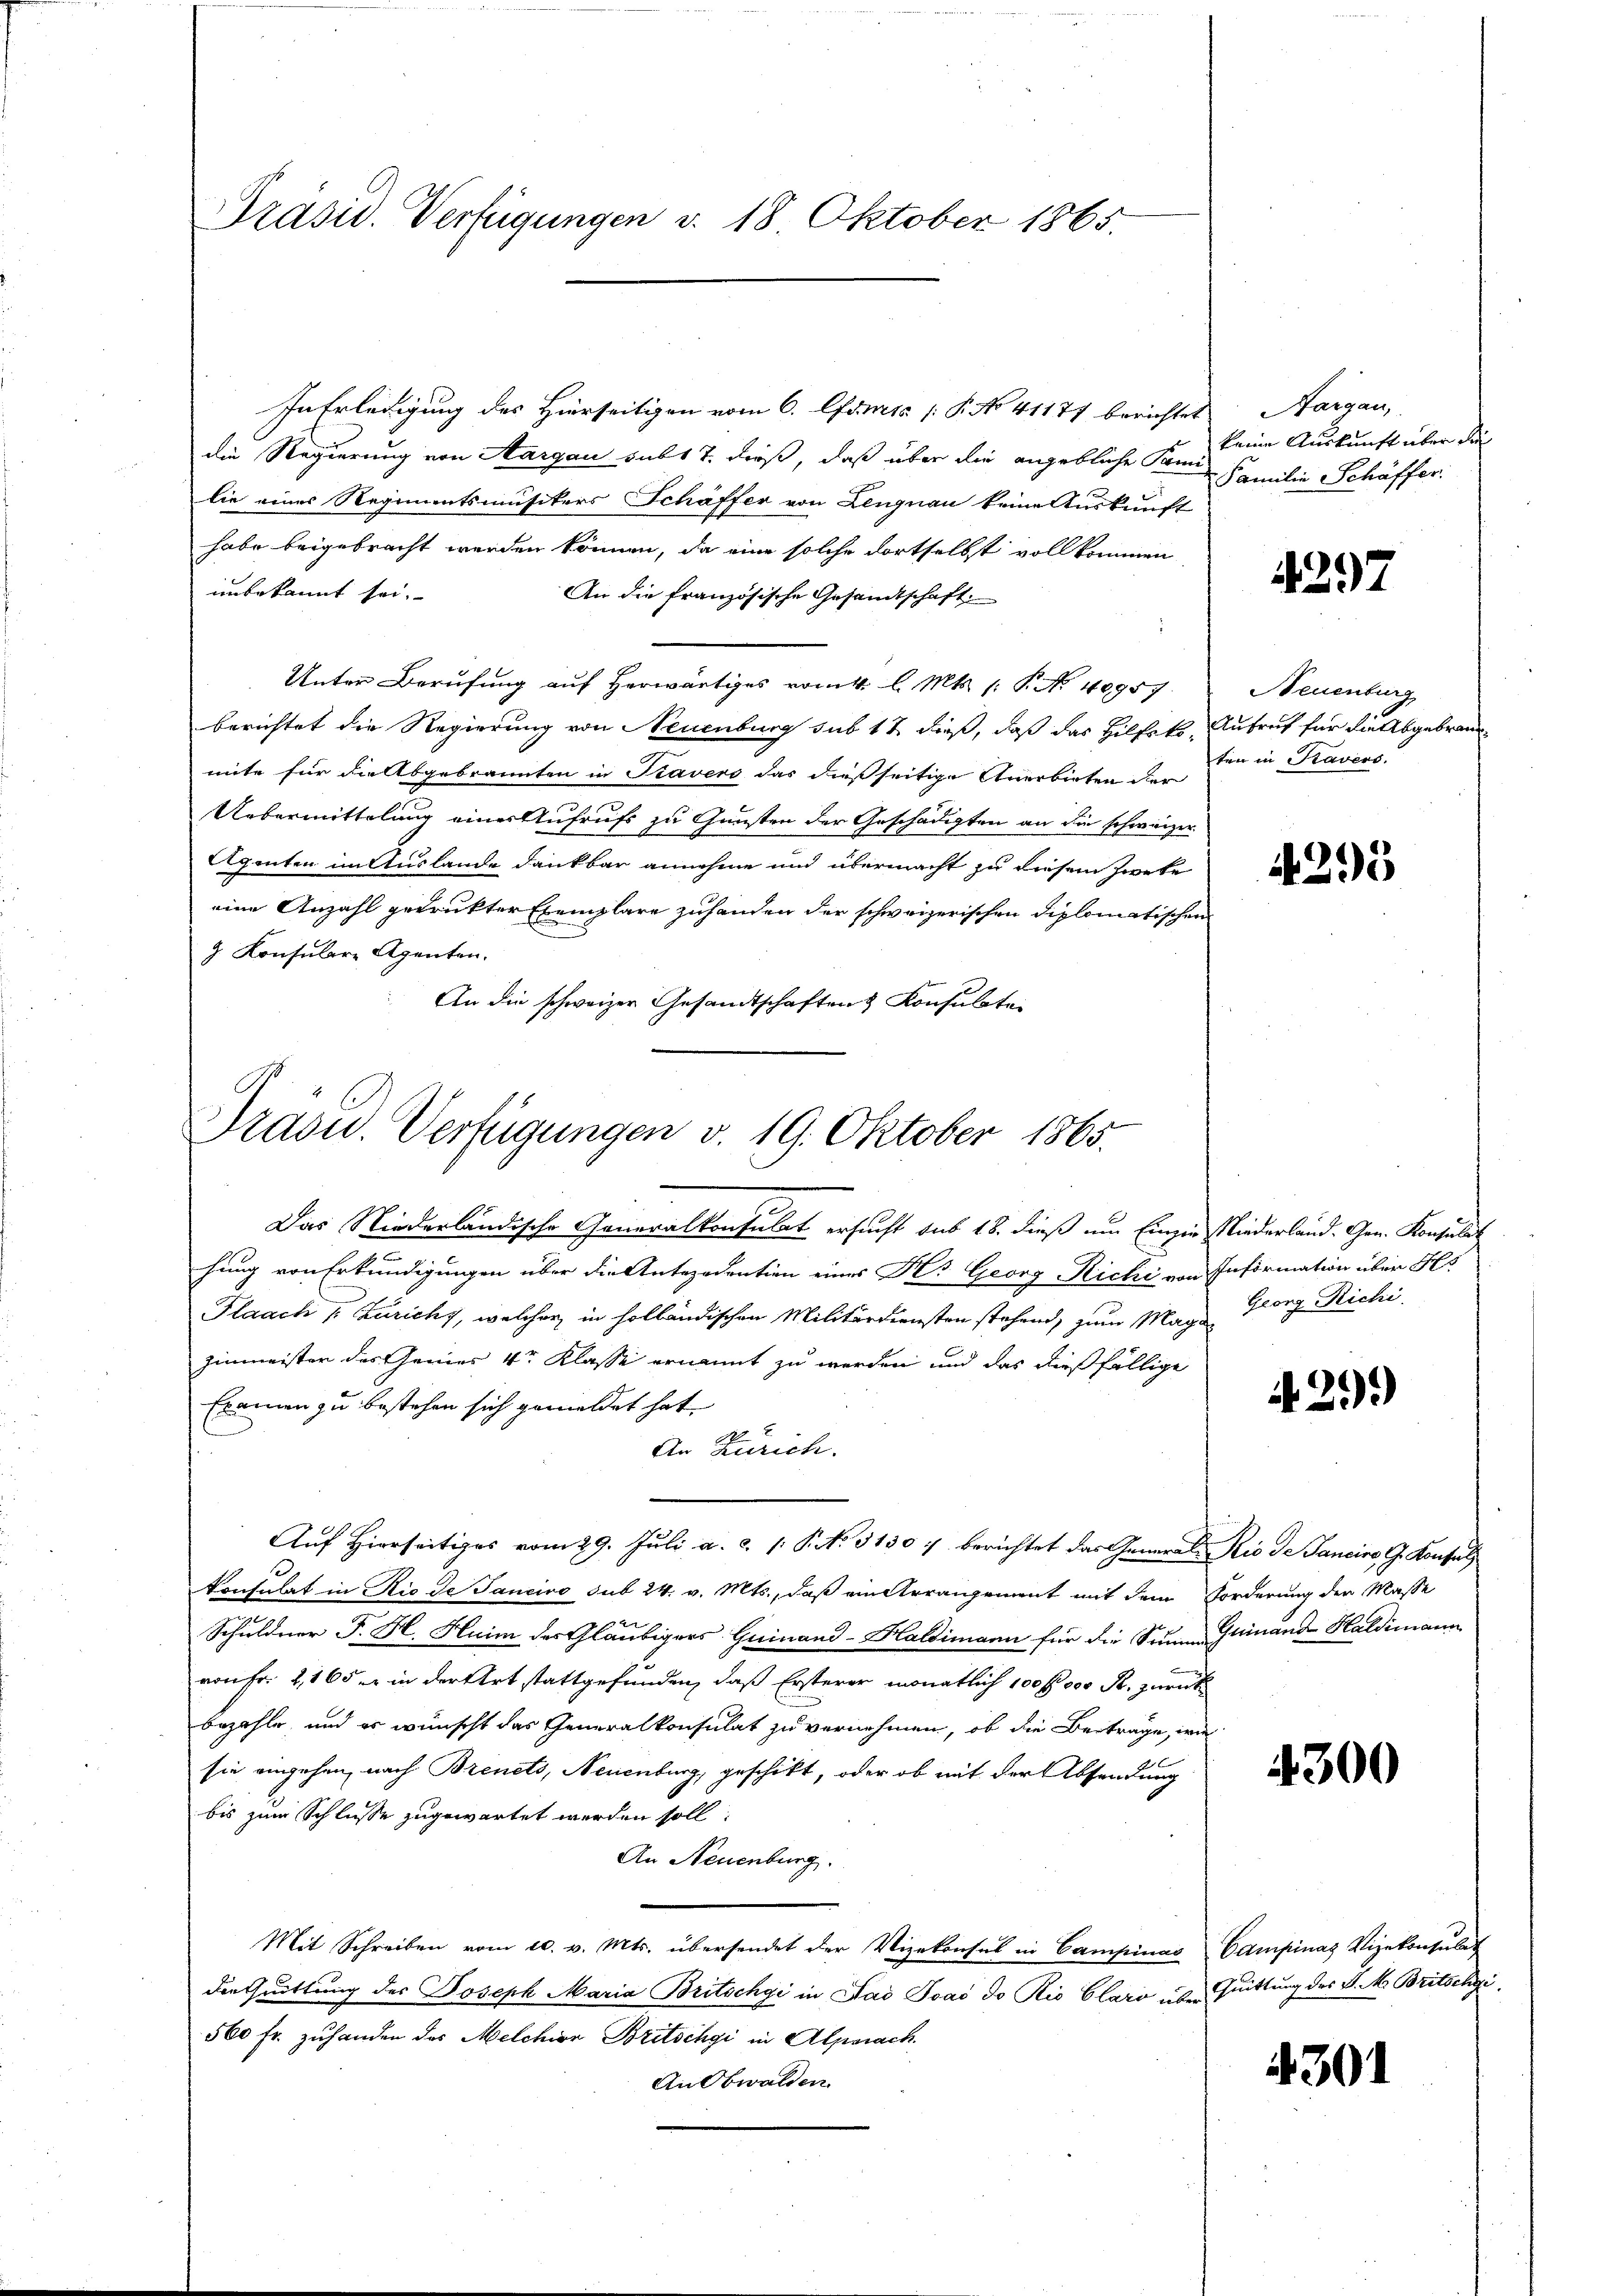
Präsid. Verfügungen v. 18. Oktober 1865.

In Erledigung des Hierseitigen vom 6. Camts [ P. No 41177 berichtet Aargau,
die Regierung von Aargau subt 7. dieß, daß über die angebliche Freude eine Auskunft über die
lie eines Regimentsmusikers Schäffer von Lengnau keine Auskunft
habe beigebracht werden können, da eine solche dortselbst vollkommen
unbekannt sei.
An die französische Gesandtschaft
Unter Berufung auf herwärtiges vom 4. l. Mts. 1. P. Nr. 40957.
berichtet die Regierung von Neuenburg sub 12 dieß, daß das Hilfekt, Aufruf für die Abgebraunmite für die Abgebrannten in Kavers das dießseitige Anerbieten der
Uebermittelung einer Aufrufs zu Gunsten der Geschädigten an die schweizer
gönten im Auslande dankbar annehme und übermacht zu diesem Zweke
eine Anzahl gedruckter Exemplare zuhanden der schweizerischen Diplomatischen
9. Konsulare Agenten.
An die schweizer Gesandtschaften Konsulate

Dradu. Verfügungen v. 19. Oktober 1865.
.
Das Niederländische Generalkonsulat ersucht sub 18. dieß um Einzie Niederland. Gen. Konsulat

hung von Erkundigungen über die Antezedention eines Hs. Georg Richi von Information über Hs
Flaach Züricht, welcher in holländischen Militärdiensten stehend, zum Mag. Georg Richi,
Zinmeister des Genies 4tr Klasse ernannt zu werden und das dießfällige
Examen zu bestehen sich gemeldet hat,
An Zürich.
Auf Hierseitiges vom 29. Juli a. c. 1 P. N. 3130 f berichtet das General Rio de Janeiro G. Konsul
konsulat in Rio de Tancivo sub 24. v. Mts., daß ein Arrangement mit dem Forderung der Masse
Schuldner J. H. Huim des Gläubigers Quinand-Haldimann für die Sinnen Quinand Haldimann
von Fr. 2, 165 in der Art stattgefunden, daß Ersterer monatlich 100 fl 300 R. zurück
bezahle, und es wünscht das Generalkonsulat zu vernehmen, ob die Beiträge, wie
sie eingehen, nach Brenets, Neuenburg, geschikt, oder ob mit der Absendung
bis zum Schlusse zugewartet werden soll.
An Neuenburg.
Mit Schreiben vom 20. v. Mts. übersendet der Vizekonsul in Campina Campinas Vizekonsulat
der Quittung des Joseph Maria Britschgi in Dad Joaó do Rio Clari über Quittung des P. M. Britschgi
560 fr. zuhanden das Melchior Britschgi in Alpenach.
An Obwalden

Familie Schäffer

4297

Neuenburg
ten in Pravers.

4295

A.299)

4300

4301